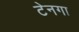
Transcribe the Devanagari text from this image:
टेनगा